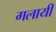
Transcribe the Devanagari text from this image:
गलायी